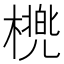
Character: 橷